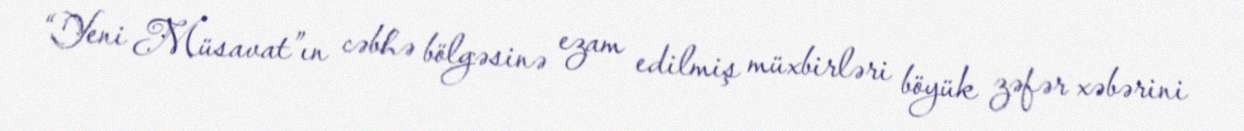
“Yeni Müsavat”ın cəbhə bölgəsinə ezam edilmiş müxbirləri böyük zəfər xəbərini